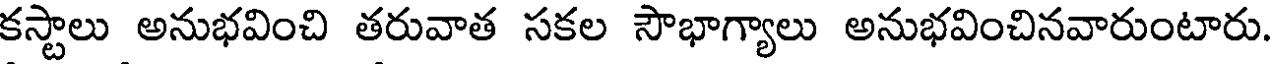
కస్టాలు అనుభవించి తరువాత సకల సౌభాగ్యాలు అనుభవించినవారుంటారు.